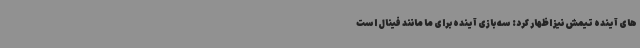
های آینده تیمش نیز اظهار کرد: سه بازی آینده برای ما مانند فینال است